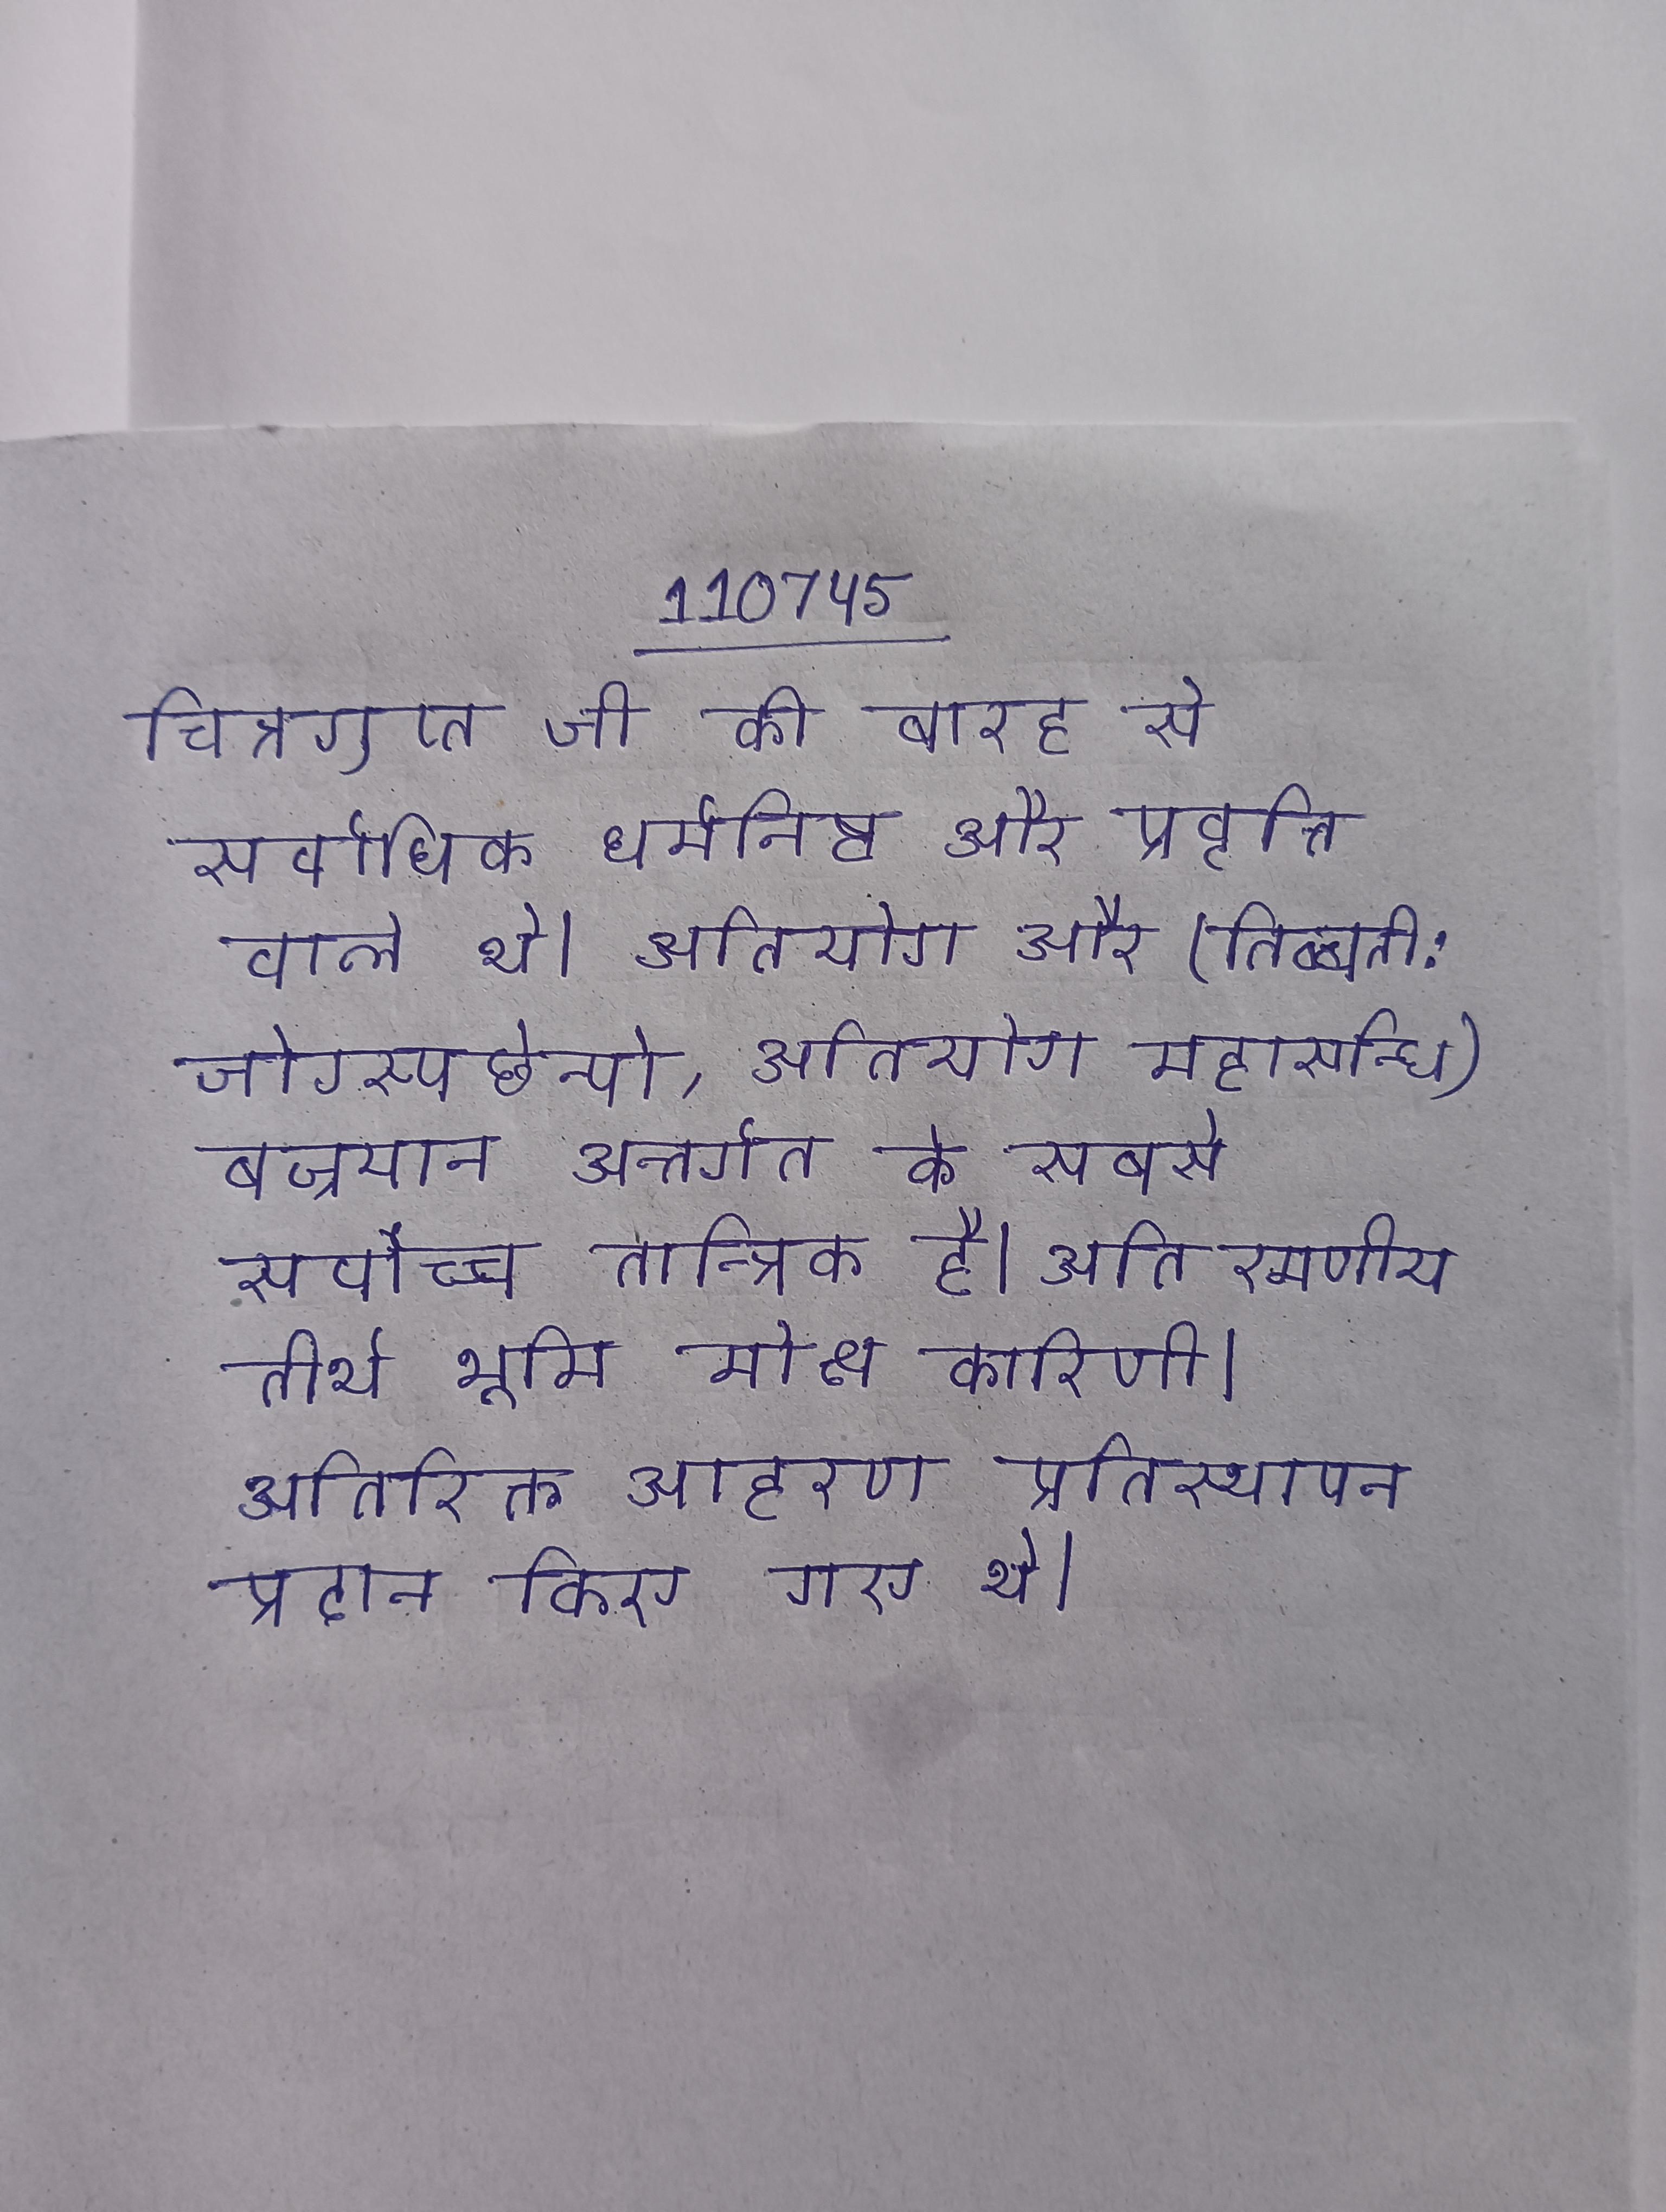
चित्रगुप्त जी की बारह से सर्वाधिक धर्मनिष्ठ और प्रवृत्ति वाले थे । अतियोग और (तिब्बती: जोग्स्पछेन्पो, अतियोग महासन्धि) बज्रयान अन्तर्गत के सबसे सर्वोच्च तान्त्रिक है । अति रमणीय तीर्थ भूमि मोक्ष कारिणी । अतिरिक्त आहरण प्रतिस्थापन प्रदान किए गए थे ।